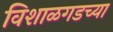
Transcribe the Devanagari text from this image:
विशाळगडच्या